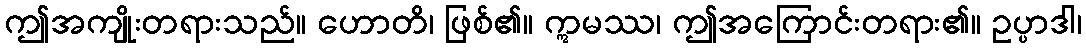
ဤအကျိုးတရားသည်။ ဟောတိ၊ ဖြစ်၏။ ဣမဿ၊ ဤအကြောင်းတရား၏။ ဥပ္ပာဒါ၊